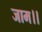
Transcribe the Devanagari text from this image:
जाम।।